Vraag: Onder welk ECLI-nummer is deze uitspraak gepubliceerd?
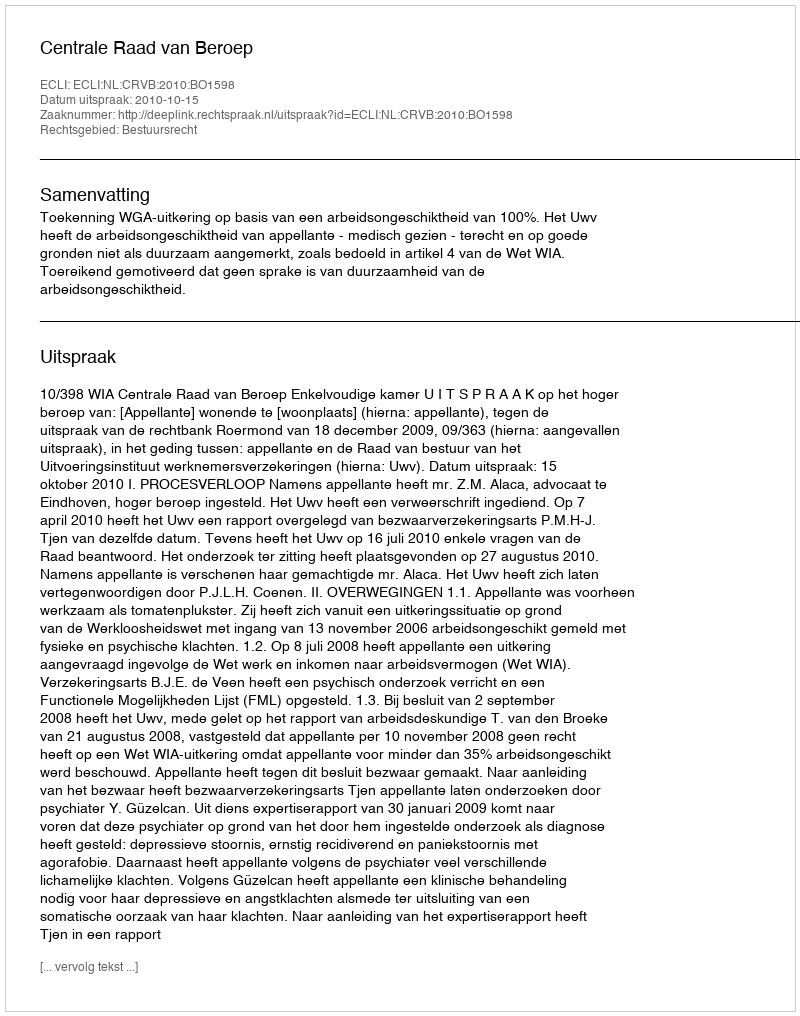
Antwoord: ECLI:NL:CRVB:2010:BO1598